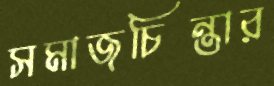
সমাজচিন্তার